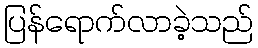
ပြန်ရောက်လာခဲ့သည်